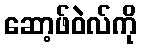
ဆော့ဖ်ဝဲလ်ကို